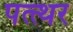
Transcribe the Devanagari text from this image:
पत्त्थर